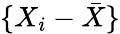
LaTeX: \{ X_{i}-{\bar{X}}\}